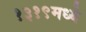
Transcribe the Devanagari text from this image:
१३१९मध्ये